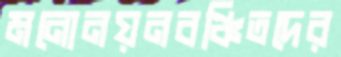
মনোনয়নবঞ্চিতদের